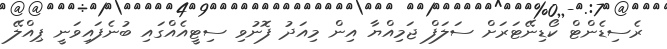
ރެސިޑެންޓް ކޯޑިނޭޓަރަށް ސަލަފް ޖަމިއްޔާ އިން މިއަދު ފޮނުވި ސިޓީއެއްގައި ބުނެފައިވަނީ ޕިއްލޭ